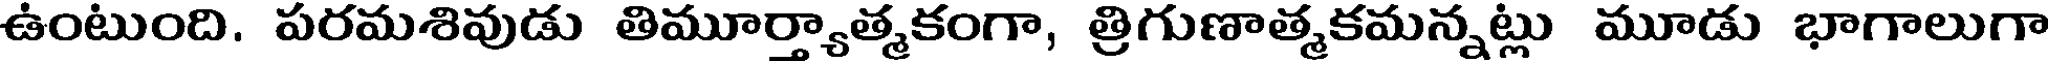
ఉంటుంది. పరమశివుడు తిమూర్త్యాత్మకంగా, త్రిగుణాత్మకమన్నట్లు మూడు భాగాలుగా